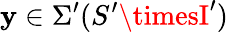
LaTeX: \mathbf{y}\in\Sigma^{\prime}(S^{\prime}\timesI^{\prime})